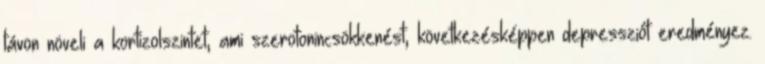
távon növeli a kortizolszintet, ami szerotonincsökkenést, következésképpen depressziót eredményez.